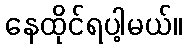
နေထိုင်ရပါ့မယ်။